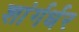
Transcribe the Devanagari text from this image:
शांर्गर्धर